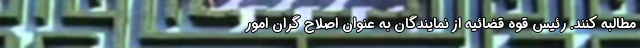
مطالبه کنند. رئیس قوه قضائیه از نمایندگان به عنوان اصلاح گران امور